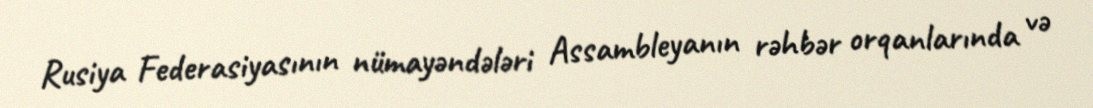
Rusiya Federasiyasının nümayəndələri Assambleyanın rəhbər orqanlarında və